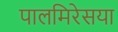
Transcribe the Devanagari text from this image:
पालमिरेसया